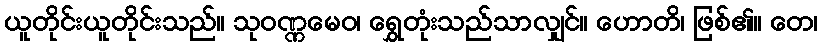
ယူတိုင်းယူတိုင်းသည်။ သုဝဏ္ဏမေဝ၊ ရွှေတုံးသည်သာလျှင်။ ဟောတိ၊ ဖြစ်၏။ တေ၊